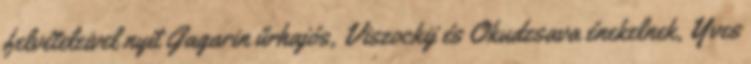
felvételeivel nyit Gagarin űrhajós, Viszockij és Okudzsava énekelnek, Yves